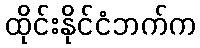
ထိုင်းနိုင်ငံဘက်က